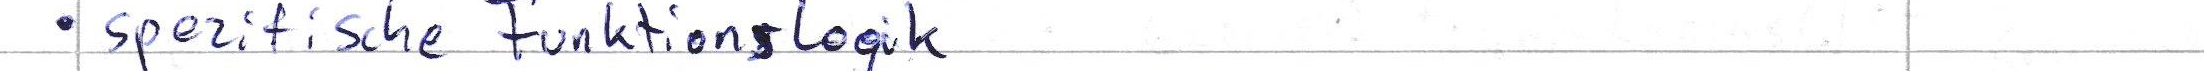
spezifische Funktionslogik